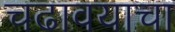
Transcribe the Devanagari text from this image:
चढावयाचा